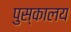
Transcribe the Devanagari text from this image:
पुस्‍कालय